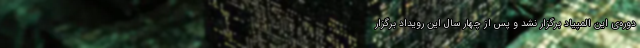
دوره‌ی این المپیاد برگزار نشد و پس از چهار سال این رویداد برگزار